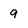
Character: 9